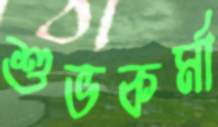
শুভকর্মা